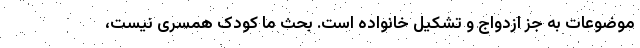
موضوعات به جز ازدواج و تشکیل خانواده است. بحث ما کودک همسری نیست،